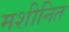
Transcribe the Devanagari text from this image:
मशीनित